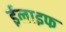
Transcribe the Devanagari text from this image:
ईलाइफ